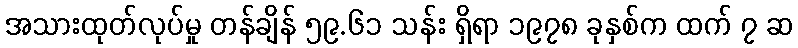
အသားထုတ်လုပ်မှု တန်ချိန် ၅၉.၆၁ သန်း ရှိရာ ၁၉၇၈ ခုနှစ်က ထက် ၇ ဆ